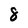
Character: 8